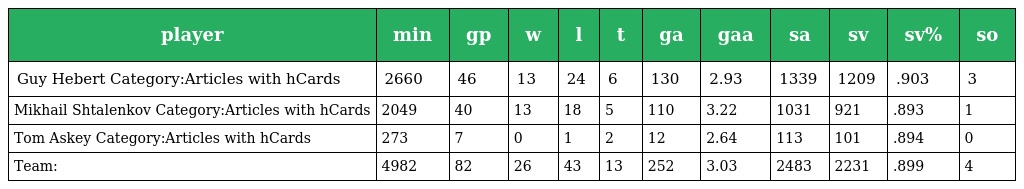
| player | min | gp | w | l | t | ga | gaa | sa | sv | sv% | so |
 | --- | --- | --- | --- | --- | --- | --- | --- | --- | --- | --- | --- |
 | Guy Hebert Category:Articles with hCards | 2660 | 46 | 13 | 24 | 6 | 130 | 2.93 | 1339 | 1209 | .903 | 3 |
 | Mikhail Shtalenkov Category:Articles with hCards | 2049 | 40 | 13 | 18 | 5 | 110 | 3.22 | 1031 | 921 | .893 | 1 |
 | Tom Askey Category:Articles with hCards | 273 | 7 | 0 | 1 | 2 | 12 | 2.64 | 113 | 101 | .894 | 0 |
 | Team: | 4982 | 82 | 26 | 43 | 13 | 252 | 3.03 | 2483 | 2231 | .899 | 4 |